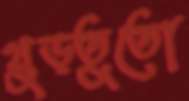
খুড়তুতো